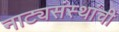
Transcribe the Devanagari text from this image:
नाट्यसंस्थांची